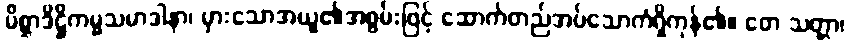
မိစ္ဆာဒိဋ္ဌိကမ္မသမာဒါနာ၊ မှားသောအယူ၏အစွမ်းဖြင့် ဆောက်တည်အပ်သောကံရှိကုန်၏။ တေ သတ္တာ၊